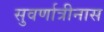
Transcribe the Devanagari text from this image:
सुवर्णात्रीनास